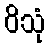
ဝိသုံ